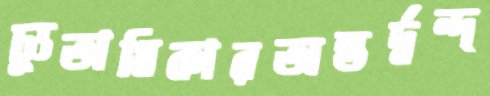
চ্যুতাধিকারঅন্তর্দ্বন্দ্